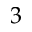
3